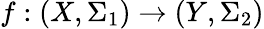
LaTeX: f:(X,\Sigma_{1})\to(Y,\Sigma_{2})